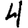
Digit: 4